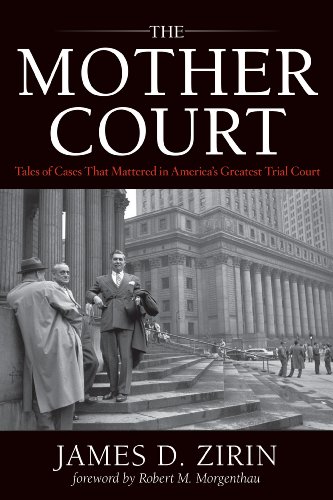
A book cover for The Mother Court: Tales of Cases that Mattered in America's Greatest Trial Court; James D. Zirin; Law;